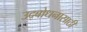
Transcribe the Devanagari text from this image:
उद्बोधनासाठी